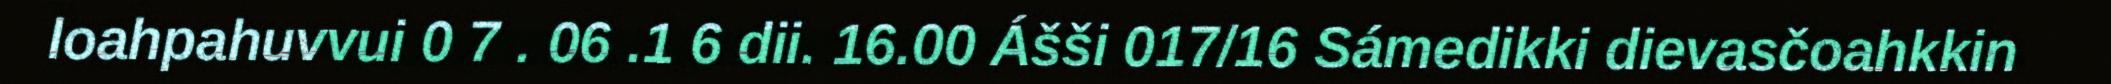
loahpahuvvui 0 7 . 06 .1 6 dii. 16.00 Ášši 017/16 Sámedikki dievasčoahkkin